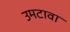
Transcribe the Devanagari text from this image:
उमटावा